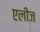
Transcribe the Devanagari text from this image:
एलीज